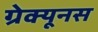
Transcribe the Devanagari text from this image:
ग्रेक्यूनस